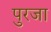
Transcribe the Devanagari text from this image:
पुरजा